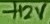
Text: +12V